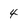
Character: 4